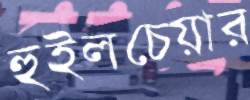
হুইলচেয়ার